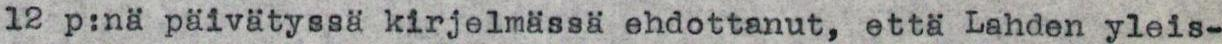
12 p:nä päivätyssä kirjelmässä ehdottanut, että Lahden yleis-